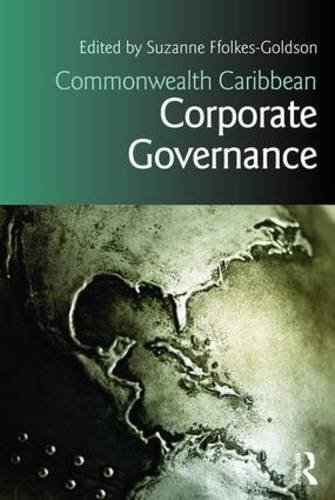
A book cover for Commonwealth Caribbean Corporate Governance (Commonwealth Caribbean Law); Suzanne Ffolkes-Goldson; Law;